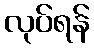
လုပ်ရန်